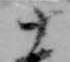
十